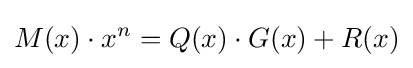
M(x)\cdot x^{n}=Q(x)\cdot G(x)+R(x)